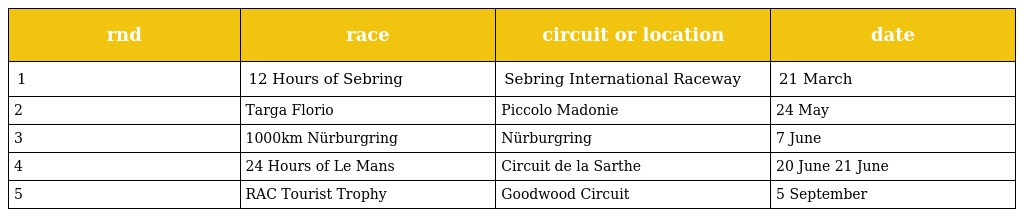
| rnd | race | circuit or location | date |
 | --- | --- | --- | --- |
 | 1 | 12 Hours of Sebring | Sebring International Raceway | 21 March |
 | 2 | Targa Florio | Piccolo Madonie | 24 May |
 | 3 | 1000km Nürburgring | Nürburgring | 7 June |
 | 4 | 24 Hours of Le Mans | Circuit de la Sarthe | 20 June 21 June |
 | 5 | RAC Tourist Trophy | Goodwood Circuit | 5 September |